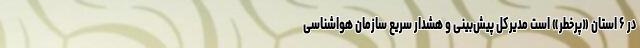
در ۶ استان «پرخطر» است مدیرکل پیش‌بینی و هشدار سریع سازمان هواشناسی